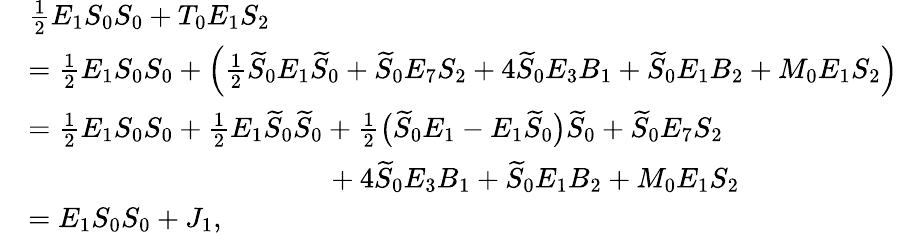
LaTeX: \begin{array}{rl}&{\frac{1}{2}E_{1}S_{0}S_{0}+T_{0}E_{1}S_{2}}\\ &{=\frac{1}{2}E_{1}S_{0}S_{0}+\Big(\frac{1}{2}\widetilde{S}_{0}E_{1}\widetilde{S}_{0}+\widetilde{S}_{0}E_{7}S_{2}+4\widetilde{S}_{0}E_{3}B_{1}+\widetilde{S}_{0}E_{1}B_{2}+M_{0}E_{1}S_{2}\Big)}\\ &{=\frac{1}{2}E_{1}S_{0}S_{0}+\frac{1}{2}E_{1}\widetilde{S}_{0}\widetilde{S}_{0}+\frac{1}{2}\big(\widetilde{S}_{0}E_{1}-E_{1}\widetilde{S}_{0}\big)\widetilde{S}_{0}+\widetilde{S}_{0}E_{7}S_{2}}\\ &{\qquad\qquad\qquad\qquad\qquad~~+4\widetilde{S}_{0}E_{3}B_{1}+\widetilde{S}_{0}E_{1}B_{2}+M_{0}E_{1}S_{2}}\\ &{=E_{1}S_{0}S_{0}+J_{1},}\end{array}